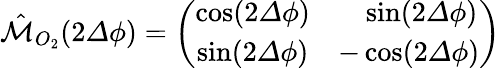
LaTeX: \begin{array}{r}{\hat{\mathcal{M}}_{O_{2}}(2{\mathit\Delta\phi})=\left(\begin{array}{cc}{\cos(2{\mathit\Delta\phi})}&{\ \ \ \sin(2{\mathit\Delta\phi})}\\ {\sin(2{\mathit\Delta\phi})}&{-\cos(2{\mathit\Delta\phi})}\end{array}\right)}\end{array}